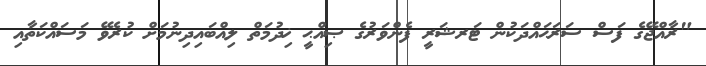
"ރާއްޖޭގެ ފަސް ސަރަޙައްދަކުން ޓަރޝަރީ ފެންވަރުގެ ޞިއްޙީ ޚިދުމަތް ލިއްބައިދިނުމަށް ކުރެވޭ މަސައްކަތާއި